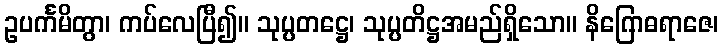
ဥပင်္ကမိတွာ၊ ကပ်လေပြီ၍။ သုပ္ပတဋ္ဌေ၊ သုပ္ပတိဋ္ဌအမည်ရှိသော။ နိဂြောဓရာဇေ၊